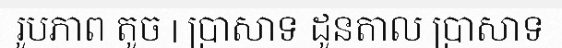
រូបភាព តូច | ប្រាសាទ ដូនតាល ប្រាសាទ